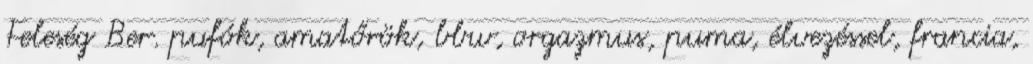
Feleség Ber. pufók, amatőrök, bbw, orgazmus, puma, élvezéssel, francia,